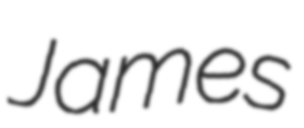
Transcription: James